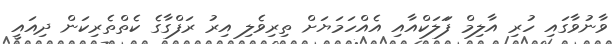
ވާނުވާގައި ހުރި އާލިމް ފަަލަކްއާއި އެއްހަމަޔަށް ތިރިވެލި އިރު ރަފްގާގެ ކެތްތެރިކަން ދިއައީ